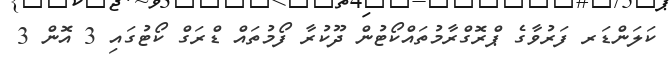
ކަލަންޑަރ ފަރުވާގެ ޕްރޮގްރާމުތައްކޯޓުން ދޫކުރާ ފޯމުތައް ޑްރަގް ކޯޓުގައި 3 އޮން 3